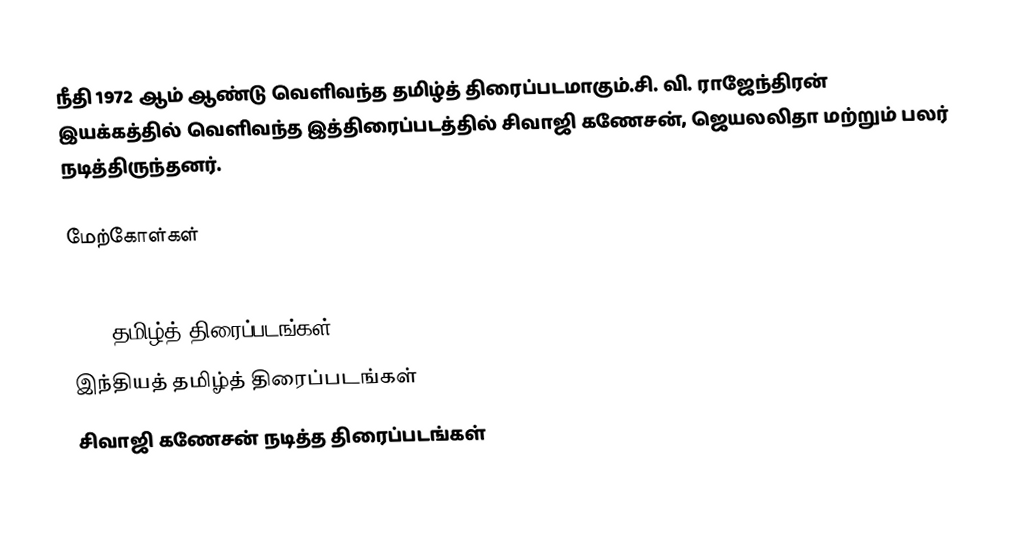
நீதி 1972 ஆம் ஆண்டு வெளிவந்த தமிழ்த் திரைப்படமாகும்.சி. வி. ராஜேந்திரன் இயக்கத்தில் வெளிவந்த இத்திரைப்படத்தில் சிவாஜி கணேசன், ஜெயலலிதா மற்றும் பலர் நடித்திருந்தனர்.

மேற்கோள்கள்

1972 தமிழ்த் திரைப்படங்கள்
இந்தியத் தமிழ்த் திரைப்படங்கள்
சிவாஜி கணேசன் நடித்த திரைப்படங்கள்